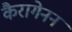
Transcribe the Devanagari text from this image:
कैरागेनन